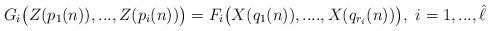
LaTeX: \begin{align*}G_i\big(Z(p_1(n)),...,Z(p_i(n))\big)= F_i\big(X(q_1(n)),....,X(q_{r_i}(n))\big),\,\,i=1,...,\hat\ell\end{align*}